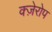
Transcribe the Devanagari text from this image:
क्ज़ेरोप